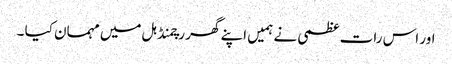
اور اس رات عظمی نے ہمیں اپنے گھر رچمنڈ ہل میں مہمان کیا ۔